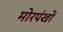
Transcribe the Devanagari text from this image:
मोरपंखों